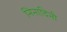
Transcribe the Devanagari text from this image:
निनादिनी